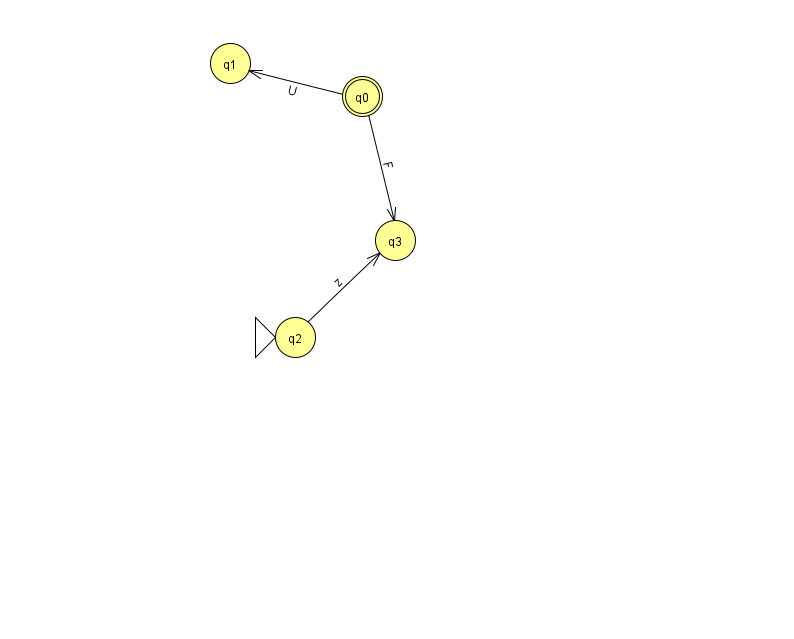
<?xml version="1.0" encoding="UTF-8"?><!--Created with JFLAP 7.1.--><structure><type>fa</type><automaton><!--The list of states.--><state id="0" name="q0"><x>362.0</x><y>83.0</y><final/></state><state id="1" name="q1"><x>230.0</x><y>50.0</y></state><state id="2" name="q2"><x>295.0</x><y>324.0</y><initial/></state><state id="3" name="q3"><x>395.0</x><y>227.0</y></state><!--The list of transitions.--><transition><from>0</from><to>1</to><read>U</read></transition><transition><from>2</from><to>3</to><read>z</read></transition><transition><from>0</from><to>3</to><read>F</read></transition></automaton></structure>